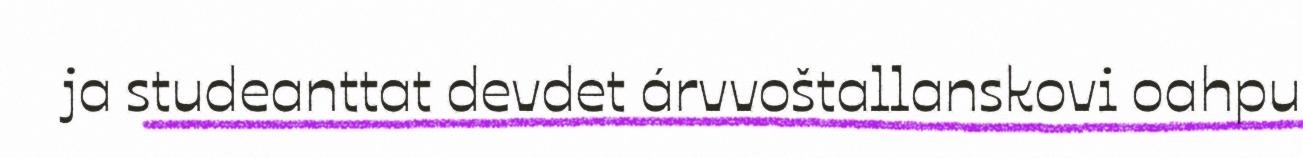
ja studeanttat devdet árvvoštallanskovi oahpu